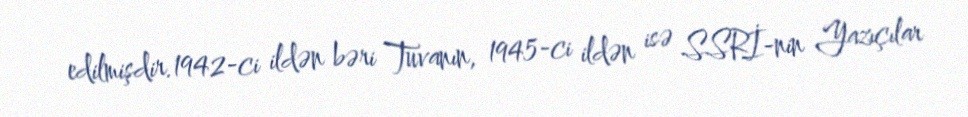
edilmişdir.1942-ci ildən bəri Tuvanın, 1945-ci ildən isə SSRİ-nin Yazıçılar